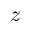
z